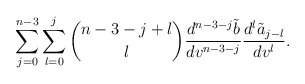
\begin{align*} \sum_{j=0}^{n-3}\sum_{l=0}^j\binom{n-3-j+l}{l}\frac{d^{n-3-j}\tilde{b}}{dv^{n-3-j}}\frac{d^l\tilde{a}_{j-l}}{dv^l}.\end{align*}